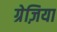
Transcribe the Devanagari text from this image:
ग्रेज़िया